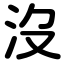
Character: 沒